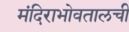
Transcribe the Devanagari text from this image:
मंदिराभोवतालची